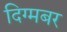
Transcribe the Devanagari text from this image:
दिग्मबर